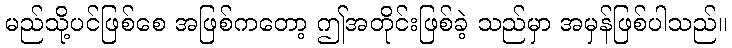
မည်သို့ပင်ဖြစ်စေ အဖြစ်ကတော့ ဤအတိုင်းဖြစ်ခဲ့ သည်မှာ အမှန်ဖြစ်ပါသည်။